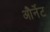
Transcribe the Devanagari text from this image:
और्नेट